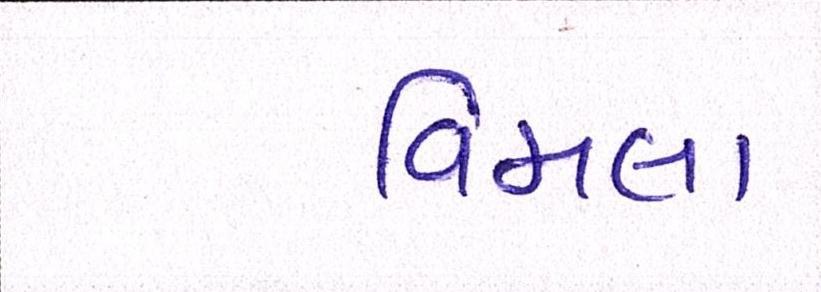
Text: વિમલા